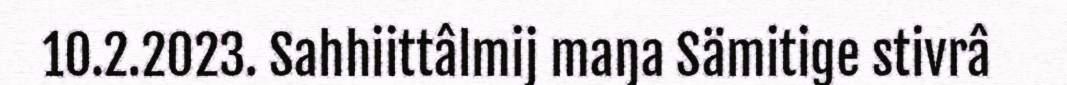
10.2.2023. Sahhiittâlmij maŋa Sämitige stivrâ